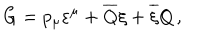
LaTeX: G = p _ { \mu } \varepsilon ^ { \mu } + \overline { { { Q } } } \xi + \overline { { { \xi } } } Q \, ,